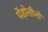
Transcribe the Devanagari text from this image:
पेंड़ोलीनो